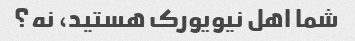
شما اهل نیویورک هستید، نه؟